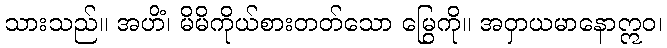
သားသည်။ အဟိံ၊ မိမိကိုယ်စားတတ်သော မြွေကို။ အဝှာယမာနောဣဝ၊